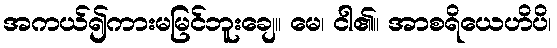
အကယ်၍ကားမမြင်ဘူးချေ။ မေ၊ ငါ၏။ အာစရိယေဟိပိ၊